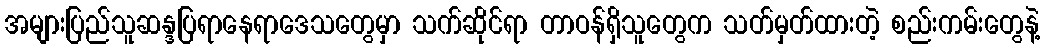
အများပြည်သူဆန္ဒပြရာနေရာဒေသတွေမှာ သက်ဆိုင်ရာ တာဝန်ရှိသူတွေက သတ်မှတ်ထားတဲ့ စည်းကမ်းတွေနဲ့